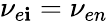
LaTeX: \nu_{e\mathbf{i}}=\nu_{en}